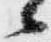
候